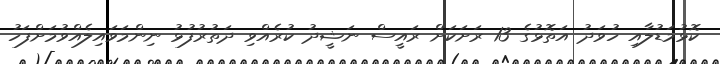
ކޮޅުމަޑުލާއި ހުވަދު އަތޮޅުގެ 13 ރަށަކަށް ރައީސް ނަޝީދު ކުރެއްވި ދަތުރުފުޅު ނިންމަވައިލެއްވުމަށްފަހު